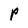
Character: P